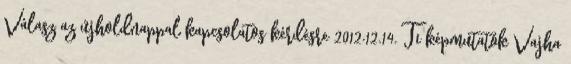
Válasz az újholdnappal kapcsolatos kérdésre 2012.12.14. Ti képmutatók Vajha